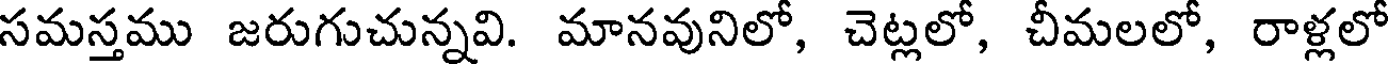
సమస్తము జరుగుచున్నవి. మానవునిలో, చెట్లలో, చీమలలో, రాళ్లలో